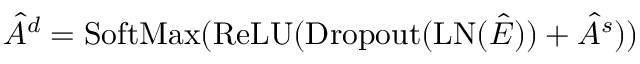
\hat { A } ^ { d } = \mathrm { S o f t M a x } ( \mathrm { R e L U } ( \operatorname { D r o p o u t } ( \mathrm { L N } ( \hat { E } ) ) + \hat { A } ^ { s } ) )